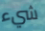
شيء